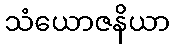
သံယောဇနိယာ